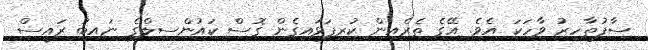
ސާފުތާހިރު ވާހަކަ އެވެ. އޭގެ ތެރެއިން ކުރިފަޅައިގެން ގޮސް ކައުންސިލްގެ ނައިބު ރައީސް